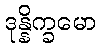
ဒုန္နိက္ခမော